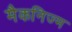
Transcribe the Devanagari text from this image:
मैकनिज्म